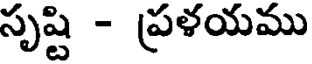
సృష్టి - ప్రళయము